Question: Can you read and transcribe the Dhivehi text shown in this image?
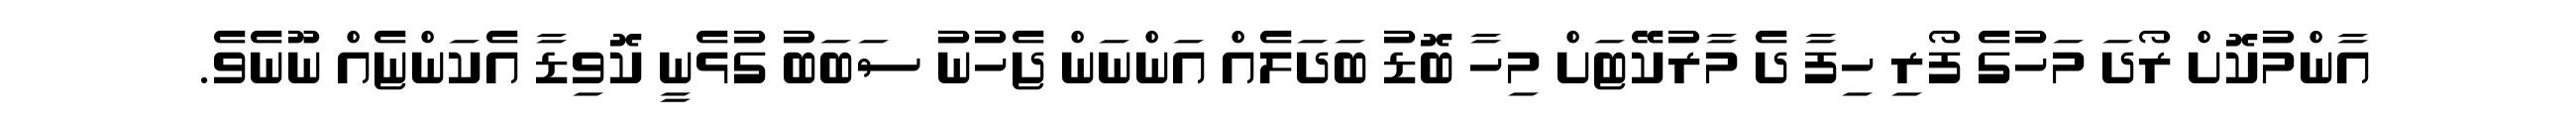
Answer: އާންމުކޮށް ރޯދަ މަހުގެ ފޯރި ހިފާ ދެ މާރުކޭޓަށް މިހާ ބޮޑު ބަދަލެއް އަންނަން ޖެހުނު ސަބަބު ގުޅެނީ ކޮވިޑާ އެކަންޏެއް ނޫނެވެ.